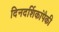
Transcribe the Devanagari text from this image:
दिनदर्शिकांपैकी